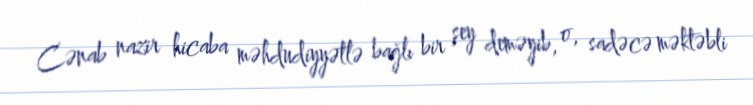
Cənab nazir hicaba məhdudiyyətlə bağlı bir şey deməyib, o, sadəcə məktəbli